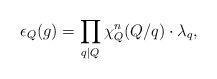
LaTeX: \begin{align*}\epsilon_Q(g) = \prod_{\substack{q \mid Q\\}} \chi^n_Q( Q/q) \cdot \lambda_q,\end{align*}